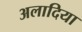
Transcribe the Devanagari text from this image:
अलादिया